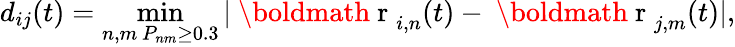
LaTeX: d_{ij}(t)=\operatorname*{min}_{\substack{n,m\, P_{nm}\ge 0.3}}|{\mathrm{~\boldmath~r~}}_{i,n}(t)-{\mathrm{~\boldmath~r~}}_{j,m}(t)|,